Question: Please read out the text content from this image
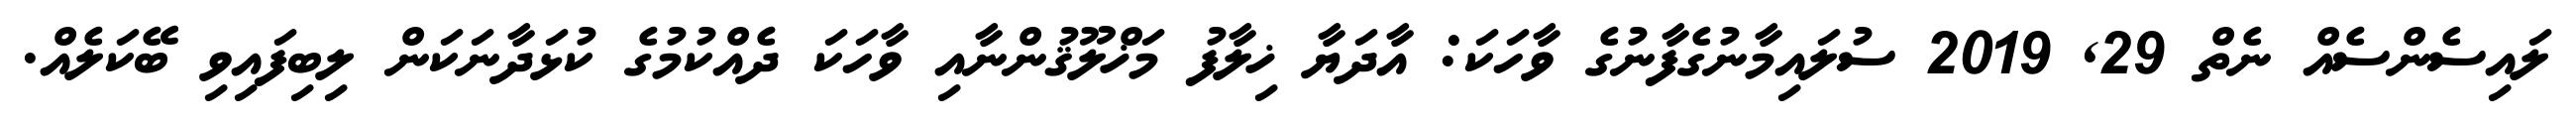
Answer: ލައިސެންސެއް ނެތް 29, 2019 ސުލައިމާނުގެފާނުގެ ވާހަކަ: އާދަޔާ ޚިލާފު މަޚްލޫޤުންނާއި ވާހަކަ ދެއްކުމުގެ ކުޅަދާނަކަން ލިބިފައިވި ބޭކަލެއް.